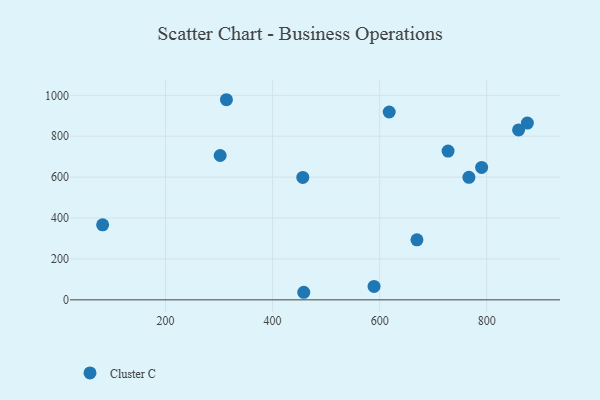
{"axis": {"x": "Study Hours", "y": "Salary"}, "legend": ["Cluster C"], "data": [{"x": "790.4", "y": 647.7, "type": "Cluster C"}, {"x": "82.6", "y": 366.9, "type": "Cluster C"}, {"x": "617.8", "y": 918.4, "type": "Cluster C"}, {"x": "875.8", "y": 864.4, "type": "Cluster C"}, {"x": "669.6", "y": 293.7, "type": "Cluster C"}, {"x": "313.8", "y": 978.5, "type": "Cluster C"}, {"x": "302.1", "y": 705.9, "type": "Cluster C"}, {"x": "727.7", "y": 727.5, "type": "Cluster C"}, {"x": "859.4", "y": 831.0, "type": "Cluster C"}, {"x": "589.5", "y": 65.7, "type": "Cluster C"}, {"x": "766.6", "y": 599.0, "type": "Cluster C"}, {"x": "456.4", "y": 598.5, "type": "Cluster C"}, {"x": "458.2", "y": 37.0, "type": "Cluster C"}]}